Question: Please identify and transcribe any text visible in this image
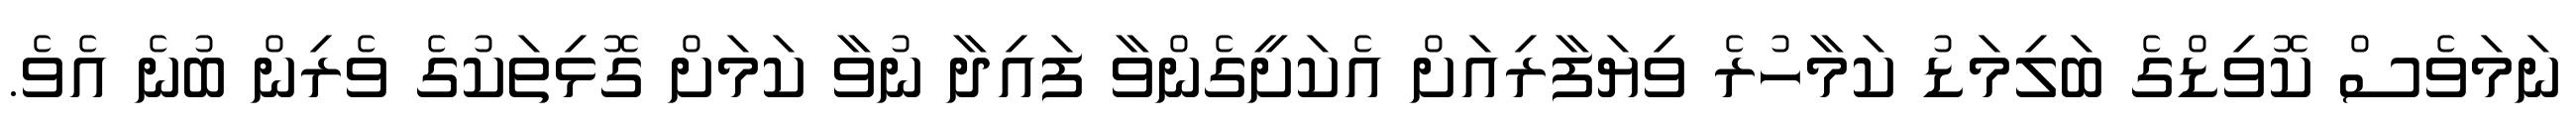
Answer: ނަމަވެސް ކޮވިޑްގެ ބަލިމަޑު ކަމާހުރެ ވިޔަފާރިއަށް އެކަށީގެންވާ ފައިދާ ނުވާ ކަމަށް ގޮޅިތަކުގެ ވެރިން ބުނެ އެވެ.